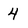
Character: 4